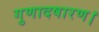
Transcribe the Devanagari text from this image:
गुणादषारण।